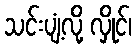
သင်းပျံ့လို့ လှိုင်၊